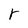
Character: r